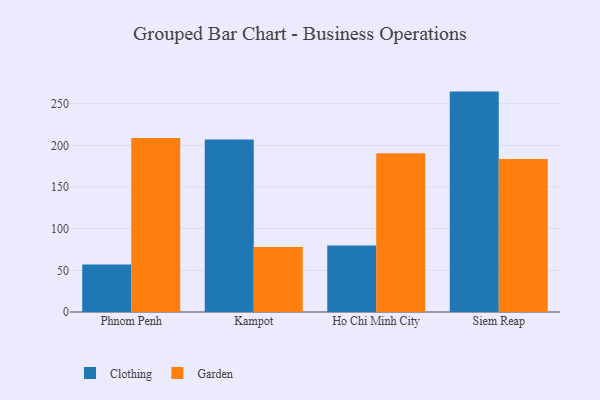
{"axis": {"x": "City", "y": "Net Income (USD K)"}, "legend": ["Clothing", "Garden"], "data": [{"x": "Phnom Penh", "y": 57.1, "type": "Clothing"}, {"x": "Phnom Penh", "y": 208.8, "type": "Garden"}, {"x": "Kampot", "y": 207.0, "type": "Clothing"}, {"x": "Kampot", "y": 78.1, "type": "Garden"}, {"x": "Ho Chi Minh City", "y": 79.9, "type": "Clothing"}, {"x": "Ho Chi Minh City", "y": 190.4, "type": "Garden"}, {"x": "Siem Reap", "y": 264.5, "type": "Clothing"}, {"x": "Siem Reap", "y": 183.6, "type": "Garden"}]}